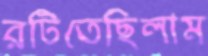
রটিতেছিলাম